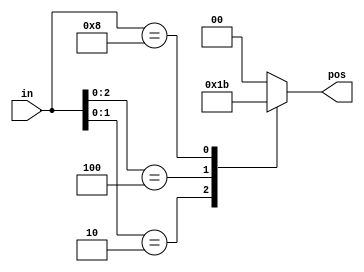
//Build a 4-bit priority encoder. For this problem, if none of the input bits are high (i.e., input is zero), output zero. Note that a 4-bit number has 16 possible combinations.

// synthesis verilog_input_version verilog_2001
module top_module (
    input [3:0] in,
    output reg [1:0] pos  );
       always@(*) begin 
           casez(in)
               4'bzzz1:begin pos=2'd0; end
               4'bzz10:begin pos=2'd1; end
               4'bz100:begin pos=2'd2; end
               4'b1000:begin pos=2'd3; end
               default: begin pos=2'd0; end
           endcase 
    end

endmodule